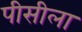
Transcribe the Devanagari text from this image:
पीसीला